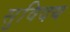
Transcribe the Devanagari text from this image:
सुविदय